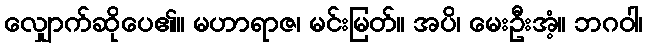
လျှောက်ဆိုပေ၏။ မဟာရာဇ၊ မင်းမြတ်။ အပိ၊ မေးဦးအံ့။ ဘဂဝါ၊